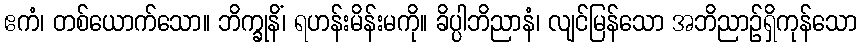
ဧကံ၊ တစ်ယောက်သော။ ဘိက္ခုနိံ၊ ရဟန်းမိန်းမကို။ ခိပ္ပါဘိညာနံ၊ လျင်မြန်သော အဘိညာဉ်ရှိကုန်သော